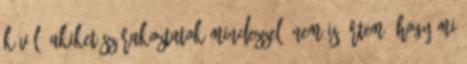
kívül, akiket szórakoztatok mindezzel. Nem is értem, hogy mi